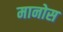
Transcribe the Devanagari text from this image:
मानोस